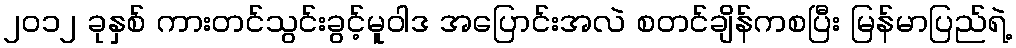
၂ဝ၁၂ ခုနှစ် ကားတင်သွင်းခွင့်မူဝါဒ အပြောင်းအလဲ စတင်ချိန်ကစပြီး မြန်မာပြည်ရဲ့